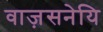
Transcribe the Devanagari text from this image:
वाज़सनेयि